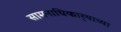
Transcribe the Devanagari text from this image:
सामनाधिकार्‍याच्या